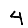
Digit: 4